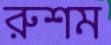
রুশম